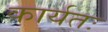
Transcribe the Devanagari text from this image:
कार्यतः